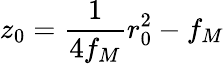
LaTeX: z_{0}=\frac{1}{4f_{M}}r_{0}^{2}-f_{M}